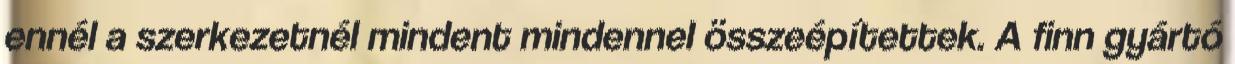
ennél a szerkezetnél mindent mindennel összeépítettek. A finn gyártó